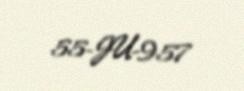
55-JU-957